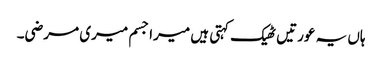
ہاں یہ عورتیں ٹھیک کہتی ہیں میرا جسم میری مرضی۔